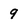
Character: 9